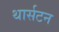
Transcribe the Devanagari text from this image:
थार्सटन